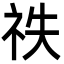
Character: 祑